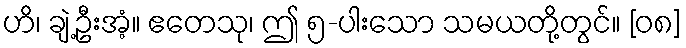
ဟိ၊ ချဲ့ဦးအံ့။ ဧတေသု၊ ဤ ၅-ပါးသော သမယတို့တွင်။ [၀၈]